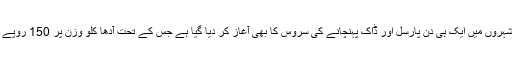
ملک کے 20 بڑے شہروں میں ایک ہی دن پارسل اور ڈاک پہنچانے کی سروس کا بھی آغاز کر دیا گیا ہے جس کے تحت آدھا کلو وزن پر 150 روپے فیس رکھی گئی ہے۔